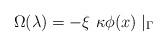
LaTeX: \begin{align*}\Omega(\lambda) = - \xi~\kappa \phi(x) \mid_{\Gamma}\end{align*}